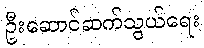
ဦးဆောင်ဆက်သွယ်ရေး